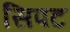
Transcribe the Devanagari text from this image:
सिपट